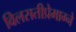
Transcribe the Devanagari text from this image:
विलसतीप्रेमाग्ने